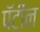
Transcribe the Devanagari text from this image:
पॅटीन